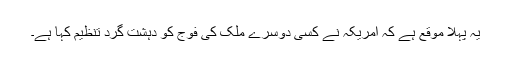
یہ پہلا موقع ہے کہ امریکہ نے کسی دوسرے ملک کی فوج کو دہشت گرد تنظیم کہا ہے۔